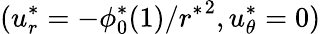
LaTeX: (u_{r}^{*}=-\phi_{0}^{*}(1)/{r^{*}}^{2},u_{\theta}^{*}=0)